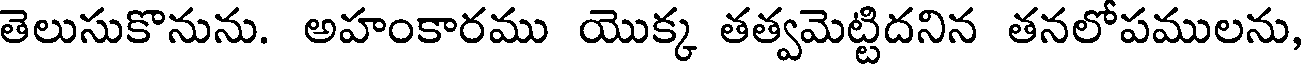
తెలుసుకొనును. అహంకారము యొక్క తత్వమెట్టిదనిన తనలోపములను,